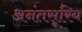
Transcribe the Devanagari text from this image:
अनंतसूरिय